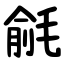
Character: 毹